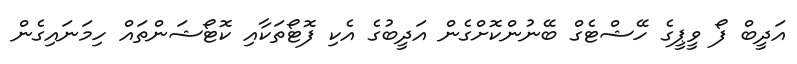
އަދީބް ފޯ ވީޕީގެ ހޭޝްޓެގް ބޭނުންކޮށްގެން އަދީބުގެ އެކި ފޮޓޯތަކާއި ކޮޓޯޝަންތައް ހިމަނައިގެން